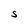
Character: s